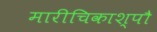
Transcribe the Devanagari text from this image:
मारीचिकाश्पौ